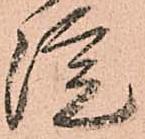
院